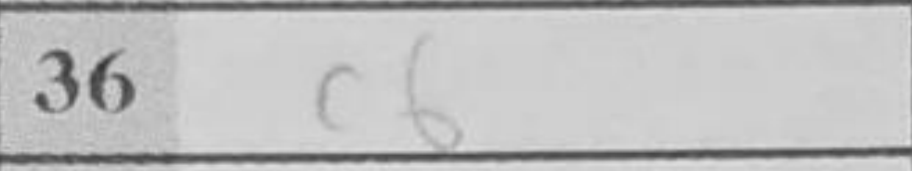
Transcription: c6